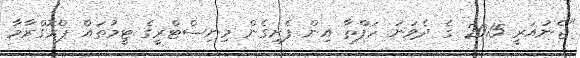
"ޖެނުއަރީ 2015 ގެ ދެވަނަ ހަފްތާ އިން ފެށިގެން މިނިސްޓްރީގެ ޓީމުތައް ޕްރޮގްރާމާ